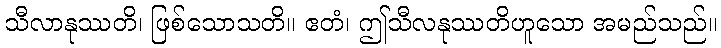
သီလာနုဿတိ၊ ဖြစ်သောသတိ။ ဧတံ၊ ဤသီလနုဿတိဟူသော အမည်သည်။